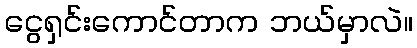
ငွေရှင်းကောင်တာက ဘယ်မှာလဲ။